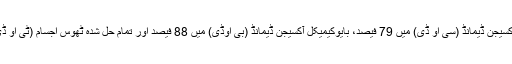
اس ٹیکنالوجی سے کیمیکل آکسیجن ڈیمانڈ (سی او ڈٰی) میں 79 فیصد، بایوکیمیکل آکسیجن ڈیمانڈ (بی اوڈی) میں 88 فیصد اور تمام حل شدہ ٹھوس اجسام (ٹی او ڈی) میں 65 فیصد کم ہوگئے۔